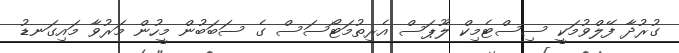
ގުރުދާ ފޭލްވުމަކީ ސިސްޓެމިކް ލޫޕަސް އެރިތުމަޓޯސަސް ގެ ސަބަބުން މީހުން މަރުވާ މައިގަނޑު